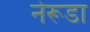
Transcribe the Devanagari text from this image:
नेरूडा